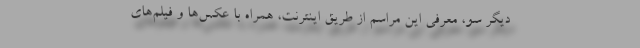
دیگر سو، معرفی این مراسم از طریق اینترنت، همراه با عکس‌ها و فیلم‌های